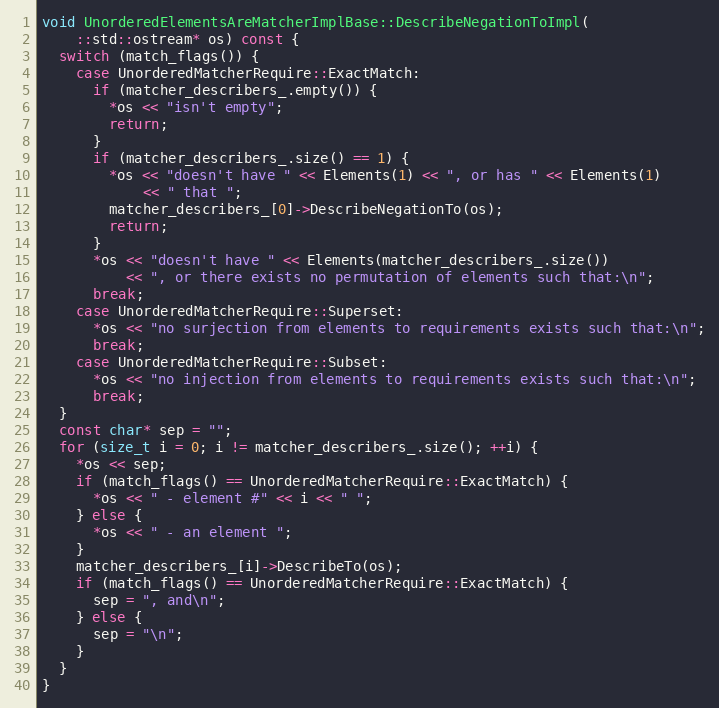
Language: C++
void UnorderedElementsAreMatcherImplBase::DescribeNegationToImpl(
    ::std::ostream* os) const {
  switch (match_flags()) {
    case UnorderedMatcherRequire::ExactMatch:
      if (matcher_describers_.empty()) {
        *os << "isn't empty";
        return;
      }
      if (matcher_describers_.size() == 1) {
        *os << "doesn't have " << Elements(1) << ", or has " << Elements(1)
            << " that ";
        matcher_describers_[0]->DescribeNegationTo(os);
        return;
      }
      *os << "doesn't have " << Elements(matcher_describers_.size())
          << ", or there exists no permutation of elements such that:\n";
      break;
    case UnorderedMatcherRequire::Superset:
      *os << "no surjection from elements to requirements exists such that:\n";
      break;
    case UnorderedMatcherRequire::Subset:
      *os << "no injection from elements to requirements exists such that:\n";
      break;
  }
  const char* sep = "";
  for (size_t i = 0; i != matcher_describers_.size(); ++i) {
    *os << sep;
    if (match_flags() == UnorderedMatcherRequire::ExactMatch) {
      *os << " - element #" << i << " ";
    } else {
      *os << " - an element ";
    }
    matcher_describers_[i]->DescribeTo(os);
    if (match_flags() == UnorderedMatcherRequire::ExactMatch) {
      sep = ", and\n";
    } else {
      sep = "\n";
    }
  }
}